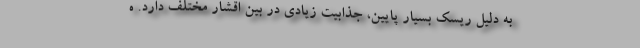
به دلیل ریسک بسیار پایین، جذابیت زیادی در بین اقشار مختلف دارد. ه